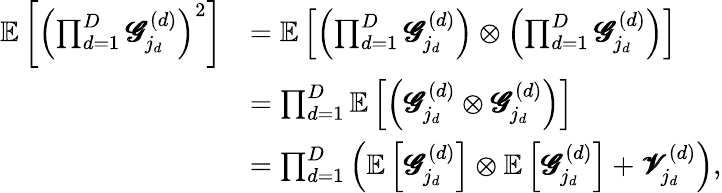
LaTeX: \begin{array}{rl}{\mathbb{E}\left[\left(\prod_{d=1}^{D}\pmb{\mathscr{G}}_{j_{d}}^{(d)}\right)^{2}\right]}&{=\mathbb{E}\left[\left(\prod_{d=1}^{D}\pmb{\mathscr{G}}_{j_{d}}^{(d)}\right)\otimes\left(\prod_{d=1}^{D}\pmb{\mathscr{G}}_{j_{d}}^{(d)}\right)\right]}\\ &{=\prod_{d=1}^{D}\mathbb{E}\left[\left(\pmb{\mathscr{G}}_{j_{d}}^{(d)}\otimes\pmb{\mathscr{G}}_{j_{d}}^{(d)}\right)\right]}\\ &{=\prod_{d=1}^{D}\left(\mathbb{E}\left[\pmb{\mathscr{G}}_{j_{d}}^{(d)}\right]\otimes\mathbb{E}\left[\pmb{\mathscr{G}}_{j_{d}}^{(d)}\right]+\pmb{\mathscr{V}}_{j_{d}}^{(d)}\right),}\end{array}